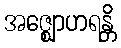
အဇ္ဈောဟရန္တိ